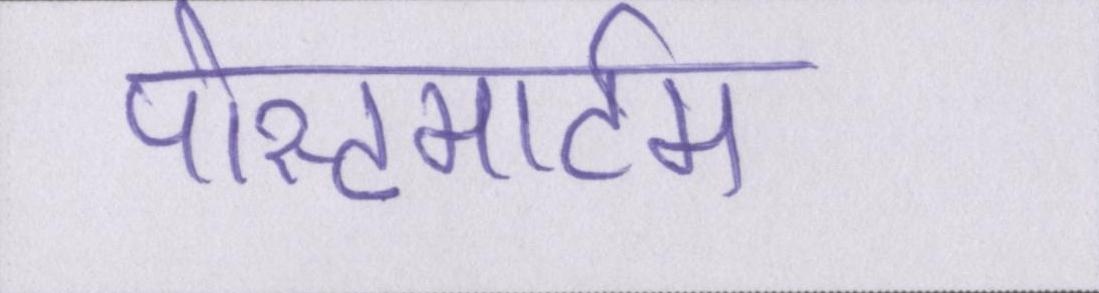
पोस्टमार्टम